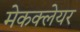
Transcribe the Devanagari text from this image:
मेकक्लेयर